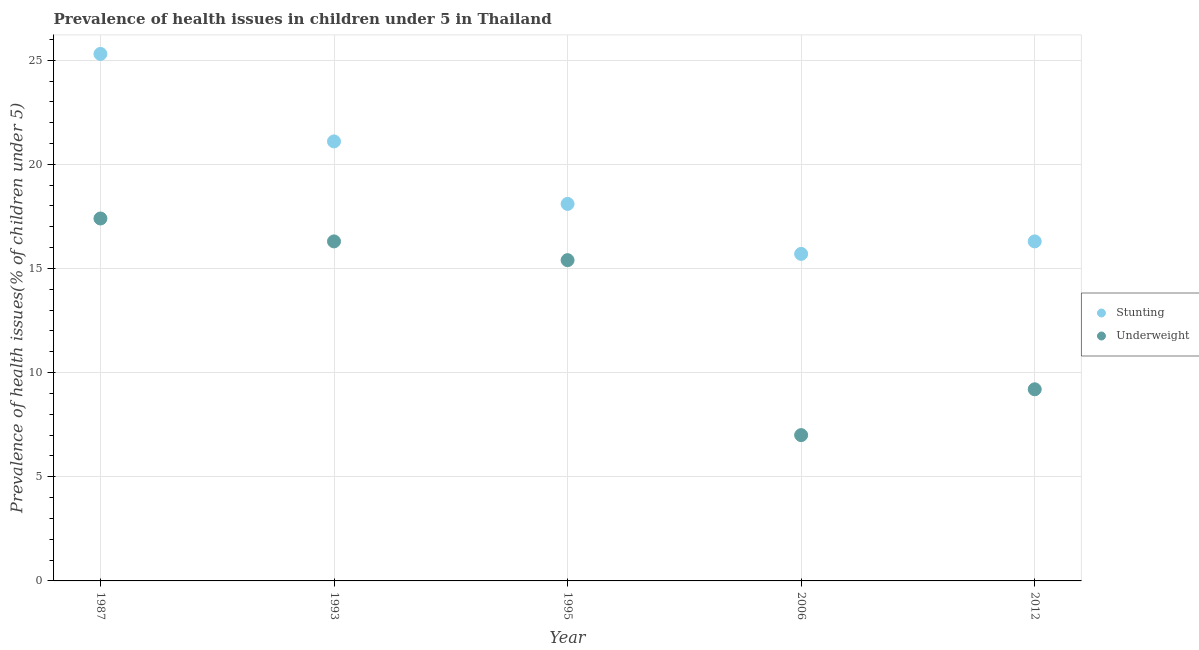
| Year | Stunting | Underweight |
 | --- | --- | --- |
 | 1987 | 25.3 | 17.4 |
 | 1993 | 21.1 | 16.3 |
 | 1995 | 18.1 | 15.4 |
 | 2006 | 15.7 | 7 |
 | 2012 | 16.3 | 9.2 |